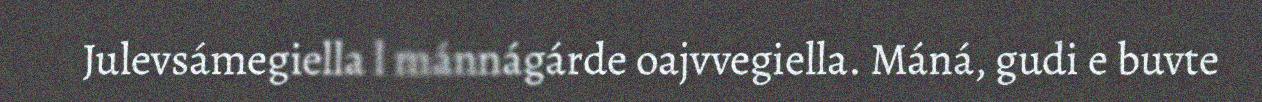
Julevsámegiella l mánnágárde oajvvegiella. Máná, gudi e buvte